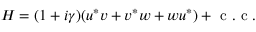
H = ( 1 + i \gamma ) ( { u ^ { * } } v + { v ^ { * } } w + w { u ^ { * } } ) + \mathrm { ~ c ~ . ~ c ~ . ~ }